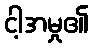
ငါ့အမှု၏